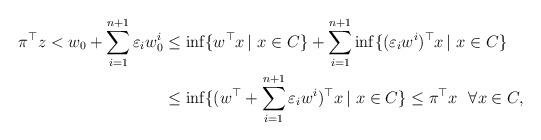
LaTeX: \begin{align*}\pi^{\top}z < w_0 +\sum_{i=1}^{n+1}\varepsilon_i w^i_0 &\leq \inf\{w^{\top}x \, | \ x\in C\} + \sum_{i=1}^{n+1} \inf\{(\varepsilon_i w^i)^{\top}x \, | \ x\in C\}\\&\leq \inf\{(w^{\top} + \sum_{i=1}^{n+1} \varepsilon_i w^i)^{\top}x \, | \ x\in C\}\leq \pi^{\top}x \ \ \forall x\in C,\end{align*}